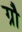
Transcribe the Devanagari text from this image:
ग्रौ